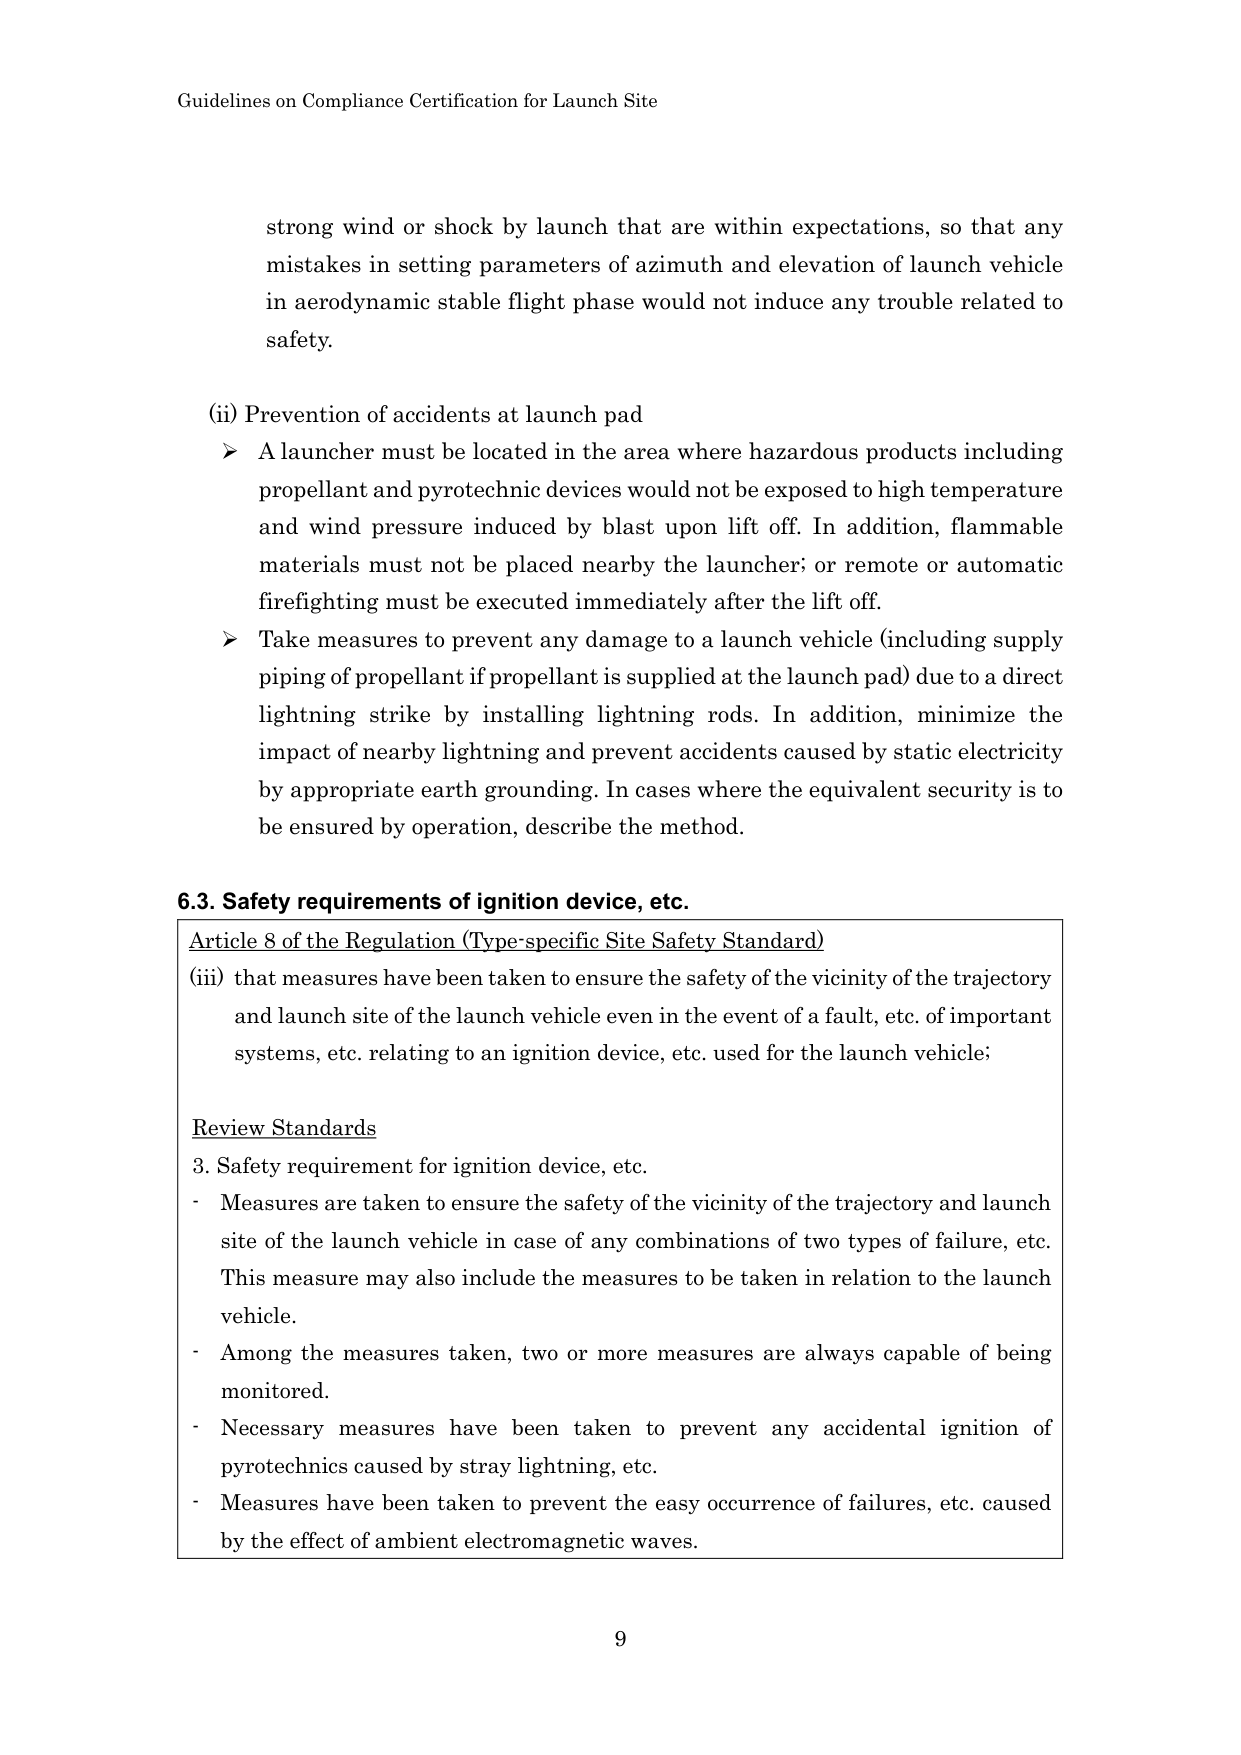
Guidelines on Compliance Certification for Launch Site

strong wind or shock by launch that are within expectations, so that any mistakes in setting parameters of azimuth and elevation of launch vehicle in aerodynamic stable flight phase would not induce any trouble related to safety.

(ii) Prevention of accidents at launch pad
➤ A launcher must be located in the area where hazardous products including propellant and pyrotechnic devices would not be exposed to high temperature and wind pressure induced by blast upon lift off. In addition, flammable materials must not be placed nearby the launcher; or remote or automatic firefighting must be executed immediately after the lift off.
➤ Take measures to prevent any damage to a launch vehicle (including supply piping of propellant if propellant is supplied at the launch pad) due to a direct lightning strike by installing lightning rods. In addition, minimize the impact of nearby lightning and prevent accidents caused by static electricity by appropriate earth grounding. In cases where the equivalent security is to be ensured by operation, describe the method.

6.3. Safety requirements of ignition device, etc.
Article 8 of the Regulation (Type-specific Site Safety Standard)
(iii) that measures have been taken to ensure the safety of the vicinity of the trajectory and launch site of the launch vehicle even in the event of a fault, etc. of important systems, etc. relating to an ignition device, etc. used for the launch vehicle;

Review Standards
3. Safety requirement for ignition device, etc.
- Measures are taken to ensure the safety of the vicinity of the trajectory and launch site of the launch vehicle in case of any combinations of two types of failure, etc. This measure may also include the measures to be taken in relation to the launch vehicle.
- Among the measures taken, two or more measures are always capable of being monitored.
- Necessary measures have been taken to prevent any accidental ignition of pyrotechnics caused by stray lightning, etc.
- Measures have been taken to prevent the easy occurrence of failures, etc. caused by the effect of ambient electromagnetic waves.

9